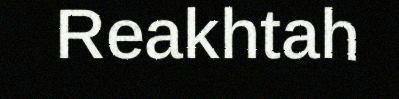
Reakhtah